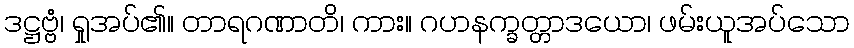
ဒဋ္ဌဗ္ဗံ၊ ရှုအပ်၏။ တာရဂဏာတိ၊ ကား။ ဂဟနက္ခတ္တာဒယော၊ ဖမ်းယူအပ်သော